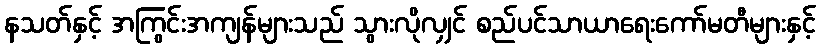
နသတ်နှင့် အကြွင်းအကျန်များသည် သွားလိုလျှင် စည်ပင်သာယာရေးကော်မတီများနှင့်